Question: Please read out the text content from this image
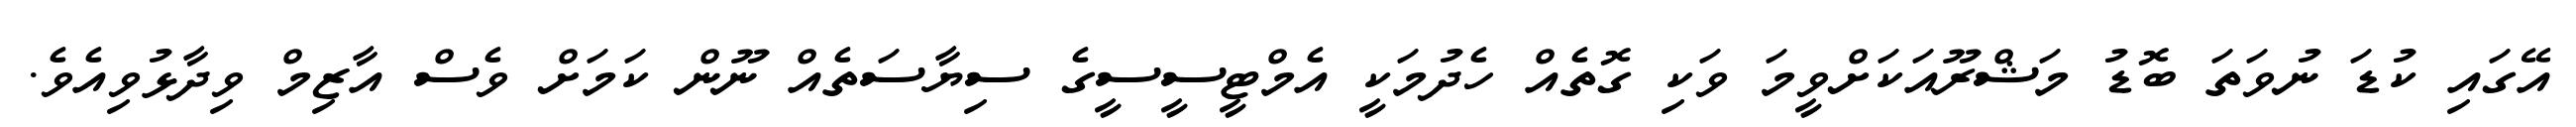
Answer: އޭގައި ކުޑަ ނުވަތަ ބޮޑު މަޝްރޫއަކަށްވީމަ ވަކި ގޮތެއް ހެދުމަކީ އެމްޓީސީސީގެ ސިޔާސަތެއް ނޫން ކަމަށް ވެސް އާޒިމް ވިދާޅުވިއެވެ.